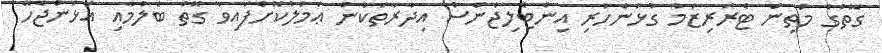
ގޮތުގެ މަތިން ޓެރަރިޒަމާ ގުޅުންހުރި އިންޓެލިޖެންސް އިދާރާތަކުން ޢަމަލުކޮށްފައިވާ ގޮތް ބެލުމާއި އަޅަންޖެހޭ